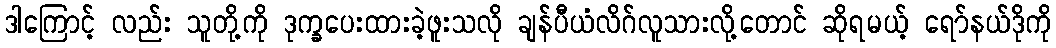
ဒါကြောင့် လည်း သူတို့ကို ဒုက္ခပေးထားခဲ့ဖူးသလို ချန်ပီယံလိဂ်လူသားလို့တောင် ဆိုရမယ့် ရော်နယ်ဒိုကို